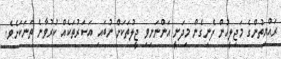
ރައްޔިތުންގެ މަޖިލީހުން ފެނިގެން މިދަނީ އަންނަނިވި ޖީލުތަކަށް ނުބައި އަސަރުތަކެއް ކުރުވާނެ ތަނަކަށެވެ.